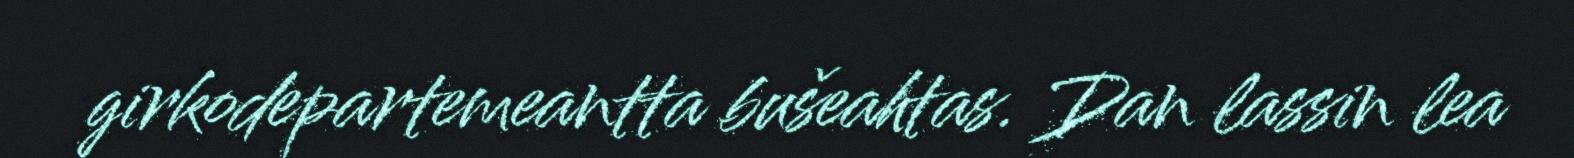
girkodepartemeantta bušeahtas. Dan lassin lea